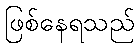
ဖြစ်နေရသည်